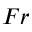
F r